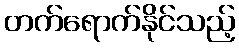
တက်ရောက်နိုင်သည့်